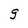
Character: g